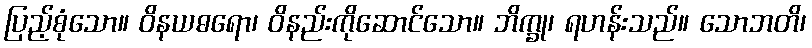
ပြည့်စုံသော။ ဝိနယဓရော၊ ဝိနည်းကိုဆောင်သော။ ဘိက္ခု၊ ရဟန်းသည်။ သောဘတိ၊